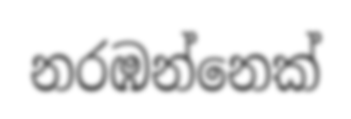
නරඹන්නෙක්